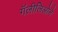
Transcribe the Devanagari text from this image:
गॅलीलिओने